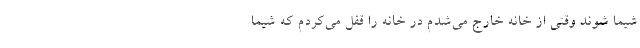
شیما شوند وقتی از خانه خارج می‌شدم در خانه را قفل می‌کردم که شیما